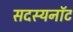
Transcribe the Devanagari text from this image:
सदस्यनॉट